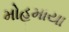
મોહમાયા